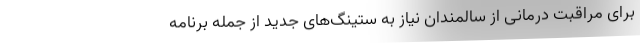
برای مراقبت درمانی از سالمندان نیاز به ‌ستینگ‌های جدید از جمله برنامه